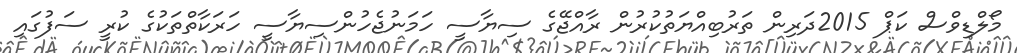
މޯލްޑިވްސް ކަޕް 2015ދަރިން ތަރުބިއްޔަތުކުރުން ރާއްޖޭގެ ސިޔާސީ ހަމަނުޖެހުންސިޔާސީ ހަރަކާތްތަކުގެ ކުރީ ސަފުގައި